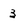
Character: 3